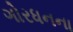
ગોરધનના